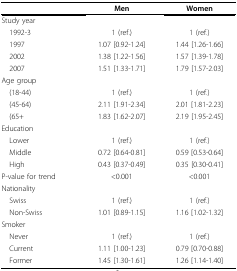
<table><thead><tr><td></td><td><b>Men</b></td><td><b>Women</b></td></tr></thead><tbody><tr><td>Study year</td><td></td><td></td></tr><tr><td> 1992-3</td><td>1 (ref.)</td><td>1 (ref.)</td></tr><tr><td> 1997</td><td>1.07 [0.92-1.24]</td><td>1.44 [1.26-1.66]</td></tr><tr><td> 2002</td><td>1.38 [1.22-1.56]</td><td>1.57 [1.39-1.78]</td></tr><tr><td> 2007</td><td>1.51 [1.33-1.71]</td><td>1.79 [1.57-2.03]</td></tr><tr><td>Age group</td><td></td><td></td></tr><tr><td> (18-44)</td><td>1 (ref.)</td><td>1 (ref.)</td></tr><tr><td> (45-64)</td><td>2.11 [1.91-2.34]</td><td>2.01 [1.81-2.23]</td></tr><tr><td> (65+</td><td>1.83 [1.62-2.07]</td><td>2.19 [1.95-2.45]</td></tr><tr><td>Education</td><td></td><td></td></tr><tr><td> Lower</td><td>1 (ref.)</td><td>1 (ref.)</td></tr><tr><td> Middle</td><td>0.72 [0.64-0.81]</td><td>0.59 [0.53-0.64]</td></tr><tr><td> High</td><td>0.43 [0.37-0.49]</td><td>0.35 [0.30-0.41]</td></tr><tr><td>P-value for trend</td><td>&lt;0.001</td><td>&lt;0.001</td></tr><tr><td>Nationality</td><td></td><td></td></tr><tr><td> Swiss</td><td>1 (ref.)</td><td>1 (ref.)</td></tr><tr><td> Non-Swiss</td><td>1.01 [0.89-1.15]</td><td>1.16 [1.02-1.32]</td></tr><tr><td>Smoker</td><td></td><td></td></tr><tr><td> Never</td><td>1 (ref.)</td><td>1 (ref.)</td></tr><tr><td> Current</td><td>1.11 [1.00-1.23]</td><td>0.79 [0.70-0.88]</td></tr><tr><td> Former</td><td>1.45 [1.30-1.61]</td><td>1.26 [1.14-1.40]</td></tr></tbody></table>